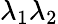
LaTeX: \lambda_{1}\lambda_{2}